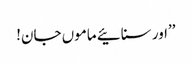
’’اور سنائیے ماموں جان!